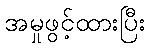
အမှုဖွင့်ထားပြီး